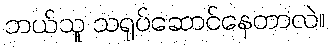
ဘယ်သူ သရုပ်ဆောင်နေတာလဲ။